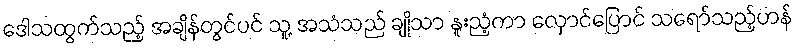
ဒေါသထွက်သည့် အချိန်တွင်ပင် သူ့ အသံသည် ချိုသာ နူးညံ့ကာ လှောင်ပြောင် သရော်သည့်ဟန်